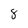
Character: 8